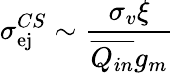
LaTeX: \sigma_{\mathrm{ej}}^{CS}\sim\frac{\sigma_{v}\xi}{\overline{{Q_{in}}}g_{m}}